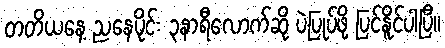
တတိယနေ့ ညနေပိုင်း ၃နာရီလောက်ဆို ပဲပြုပ်ဖို့ ပြင်နိူင်ပါပြီ။